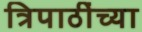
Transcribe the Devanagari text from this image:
त्रिपाठींच्या